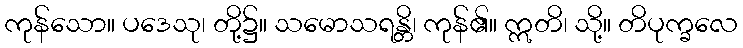
ကုန်သော။ ပဒေသု၊ တို့၌။ သမောသရန္တိ၊ ကုန်၏။ ဣတိ၊ သို့။ တိပုက္ခလေ